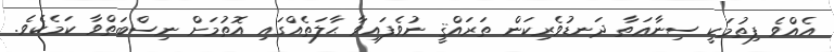
އެއްވެ ފިތުމަކީ ސިނާޢަތާ ދަނޑުވެރިކަން ތަރައްޤީ ނުވެފައިވާ ޙާލަތެއްގައި އޮތުމަށް ނިސްބަތްވާ ކަމެކެވެ.